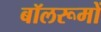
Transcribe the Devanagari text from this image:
बॉलरूमों